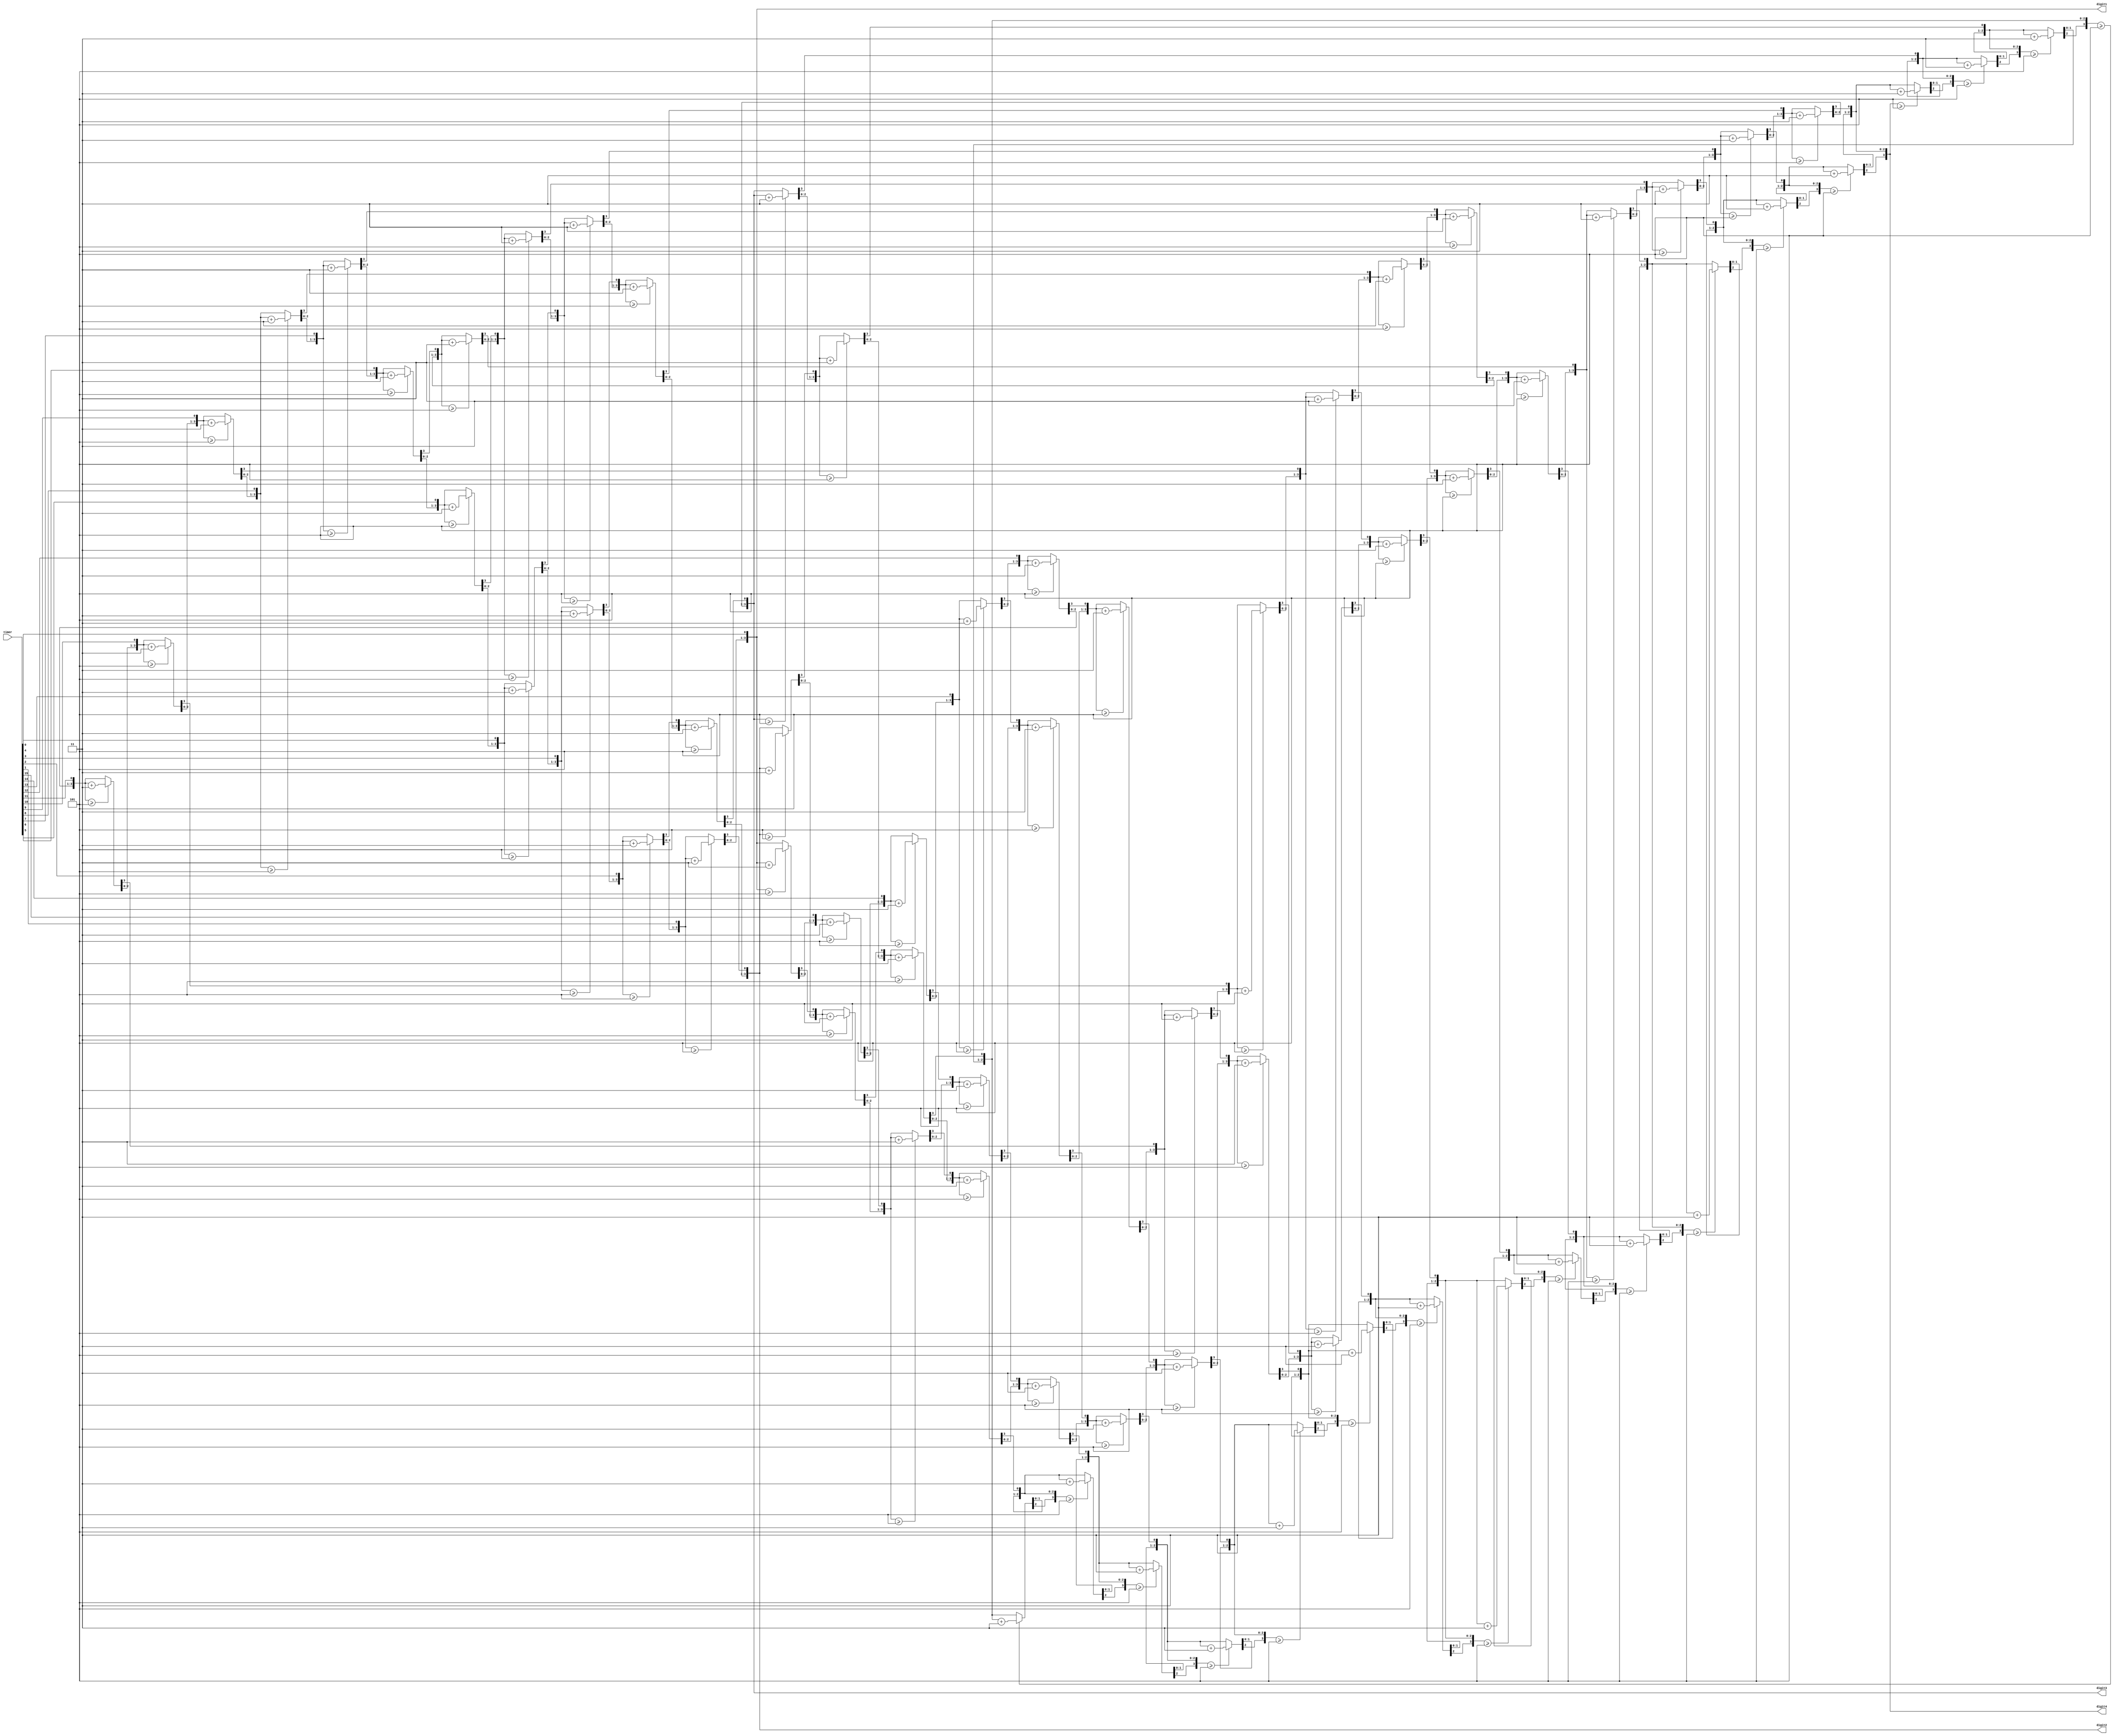
module decToBCD(timer,digit1,digit2,digit3,digit4);
	input [15:0]timer;
	output reg [3:0]digit1;
	output reg [3:0]digit2;
	output reg [3:0]digit3;
	output reg [3:0]digit4;
    integer i;

    initial begin
        digit4=0; //thousands place
        digit3=0; //hundreds place
        digit2=0; //tens place
        digit1=0; //ones place
    end
	////value rolls over when 10-> 10= 1010->goes up to 1001
	always@(timer)
	begin
		

	for(i=15; i>=0; i=i-1)	begin
		if(digit4 >=5) digit4=digit4+3;
		else digit4=digit4;
		if(digit3>=5)
			digit3=digit3+3;
		else
			digit3=digit3;

		if(digit2>=5)
			digit2=digit2+3;
		else
			digit2=digit2;

		if(digit1>=5)
			digit1=digit1+3;
		else
			digit1=digit1;
			digit4={digit4[2:0], digit3[3]};
			digit3={digit3[2:0], digit2[3]};
			digit2={digit2[2:0], digit1[3]};
			digit1={digit1[2:0], timer[i]};
		end
    end
endmodule